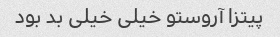
پیتزا آروستو خیلی خیلی بد بود